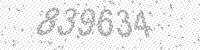
Solution: 839634